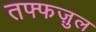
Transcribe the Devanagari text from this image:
तफ्फज़ुल